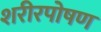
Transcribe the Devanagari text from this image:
शरीरपोषण